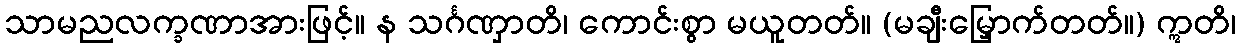
သာမညလက္ခဏာအားဖြင့်။ န သင်္ဂဏှာတိ၊ ကောင်းစွာ မယူတတ်။ (မချီးမြှောက်တတ်။) ဣတိ၊